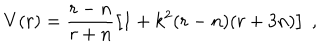
V ( r ) = \frac { r - n } { r + n } \left[ 1 + k ^ { 2 } ( r - n ) ( r + 3 n ) \right] \; ,